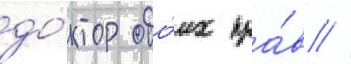
до́ктор обо́их пра́в //